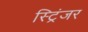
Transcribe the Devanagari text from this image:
स्ट्रिंजर